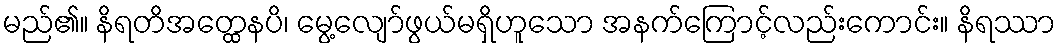
မည်၏။ နိရတိအတ္ထေနပိ၊ မွေ့လျော်ဖွယ်မရှိဟူသော အနက်ကြောင့်လည်းကောင်း။ နိရဿာ